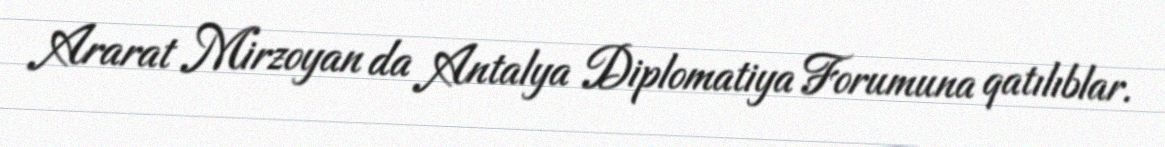
Ararat Mirzoyan da Antalya Diplomatiya Forumuna qatılıblar.